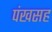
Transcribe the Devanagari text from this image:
पंखसह